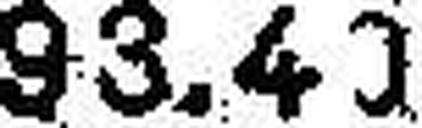
93.41